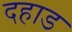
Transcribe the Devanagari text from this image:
दहाड